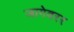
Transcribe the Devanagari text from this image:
जागेवरर